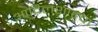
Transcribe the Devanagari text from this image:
आदिलशाहचा